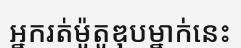
អ្នករត់ម៉ូតូឌុបម្នាក់នេះ